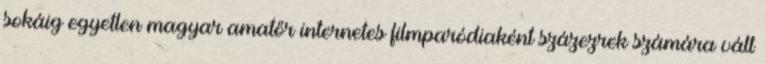
sokáig egyetlen magyar amatőr internetes filmparódiaként százezrek számára vált